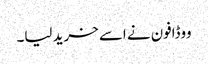
ووڈافون نے اسے خرید لیا۔